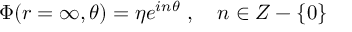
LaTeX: \Phi ( r = \infty , \theta ) = \eta e ^ { i n \theta } \ , \ \ \ n \in { \cal Z } - \{ 0 \}